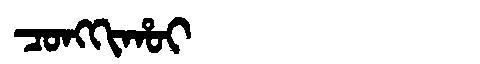
Manchu: ᠴᠣᠩᡴᡳᡥᠣᡳ
Romanization: CONGKIHOI